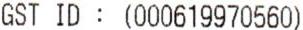
GST ID : (000619970560)